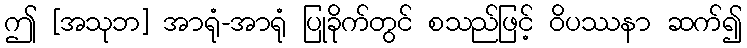
ဤ [အသုဘ] အာရုံ-အာရုံ ပြုခိုက်တွင် စသည်ဖြင့် ဝိပဿနာ ဆက်၍